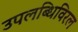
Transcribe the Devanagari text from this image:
उपलब्धिविरल